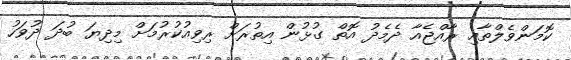
ކޮމަންވެލްތާއި ރާއްޖެއާ ދެމެދު އޮތް ގުޅުން އިތުރަށް ރިވިއުކުރުމަށް މިދިޔަ ބުދަ ދުވަހު